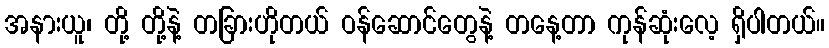
အနားယူ၊ တို့ တို့နဲ့ တခြားဟိုတယ် ဝန်ဆောင်တွေနဲ့ တနေ့တာ ကုန်ဆုံးလေ့ ရှိပါတယ်။